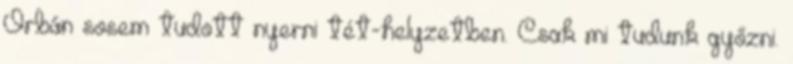
Orbán sosem tudott nyerni tét-helyzetben. Csak mi tudunk győzni.